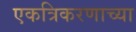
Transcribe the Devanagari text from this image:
एकत्रिकरणाच्या